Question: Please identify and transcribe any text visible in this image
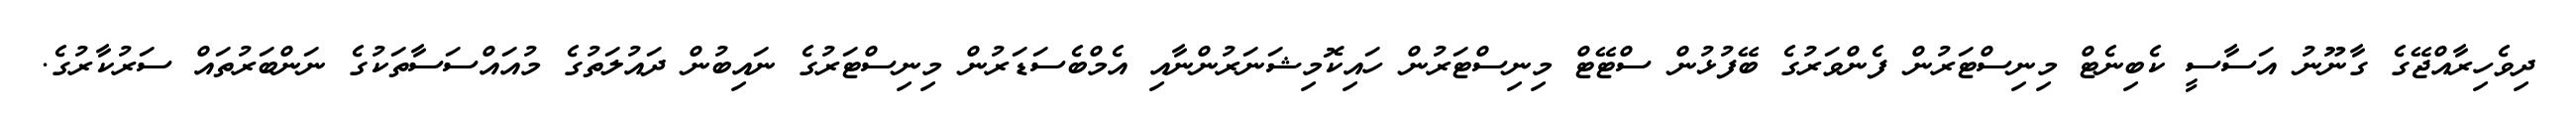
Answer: ދިވެހިރާއްޖޭގެ ގާނޫނު އަސާސީ ކެބިނެޓް މިނިސްޓަރުން ފެންވަރުގެ ބޭފުޅުން ސްޓޭޓް މިނިސްޓަރުން ހައިކޮމިޝަނަރުންނާއި އެމްބެސަޑަރުން މިނިސްޓަރުގެ ނައިބުން ދައުލަތުގެ މުއައްސަސާތަކުގެ ނަންބަރުތައް ސަރުކާރުގެ.